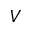
V